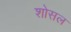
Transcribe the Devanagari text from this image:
शोसल